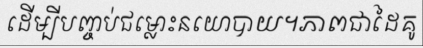
ដើម្បីបញ្ចប់ជម្លោះនយោបាយ។ភាពជាដៃគូ